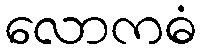
လောကဓံ